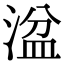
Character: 湓